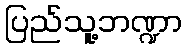
ပြည်သူ့ဘဏ္ဍာ